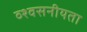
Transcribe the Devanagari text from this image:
व्श्वसनीयता